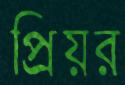
প্রিয়র